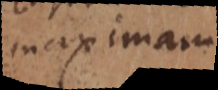
maximam.